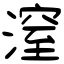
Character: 潌